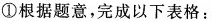
①根据题意，完成以下表格：